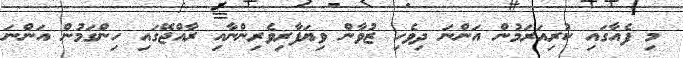
މި ފެއާގައި ކުރިއަރަމުން އަންނަ ދިވެހި ޒުވާން ވިޔަފާރިވެރިންނާއި ރާއްޖޭގައި ހިންގަމުން އަންނަ